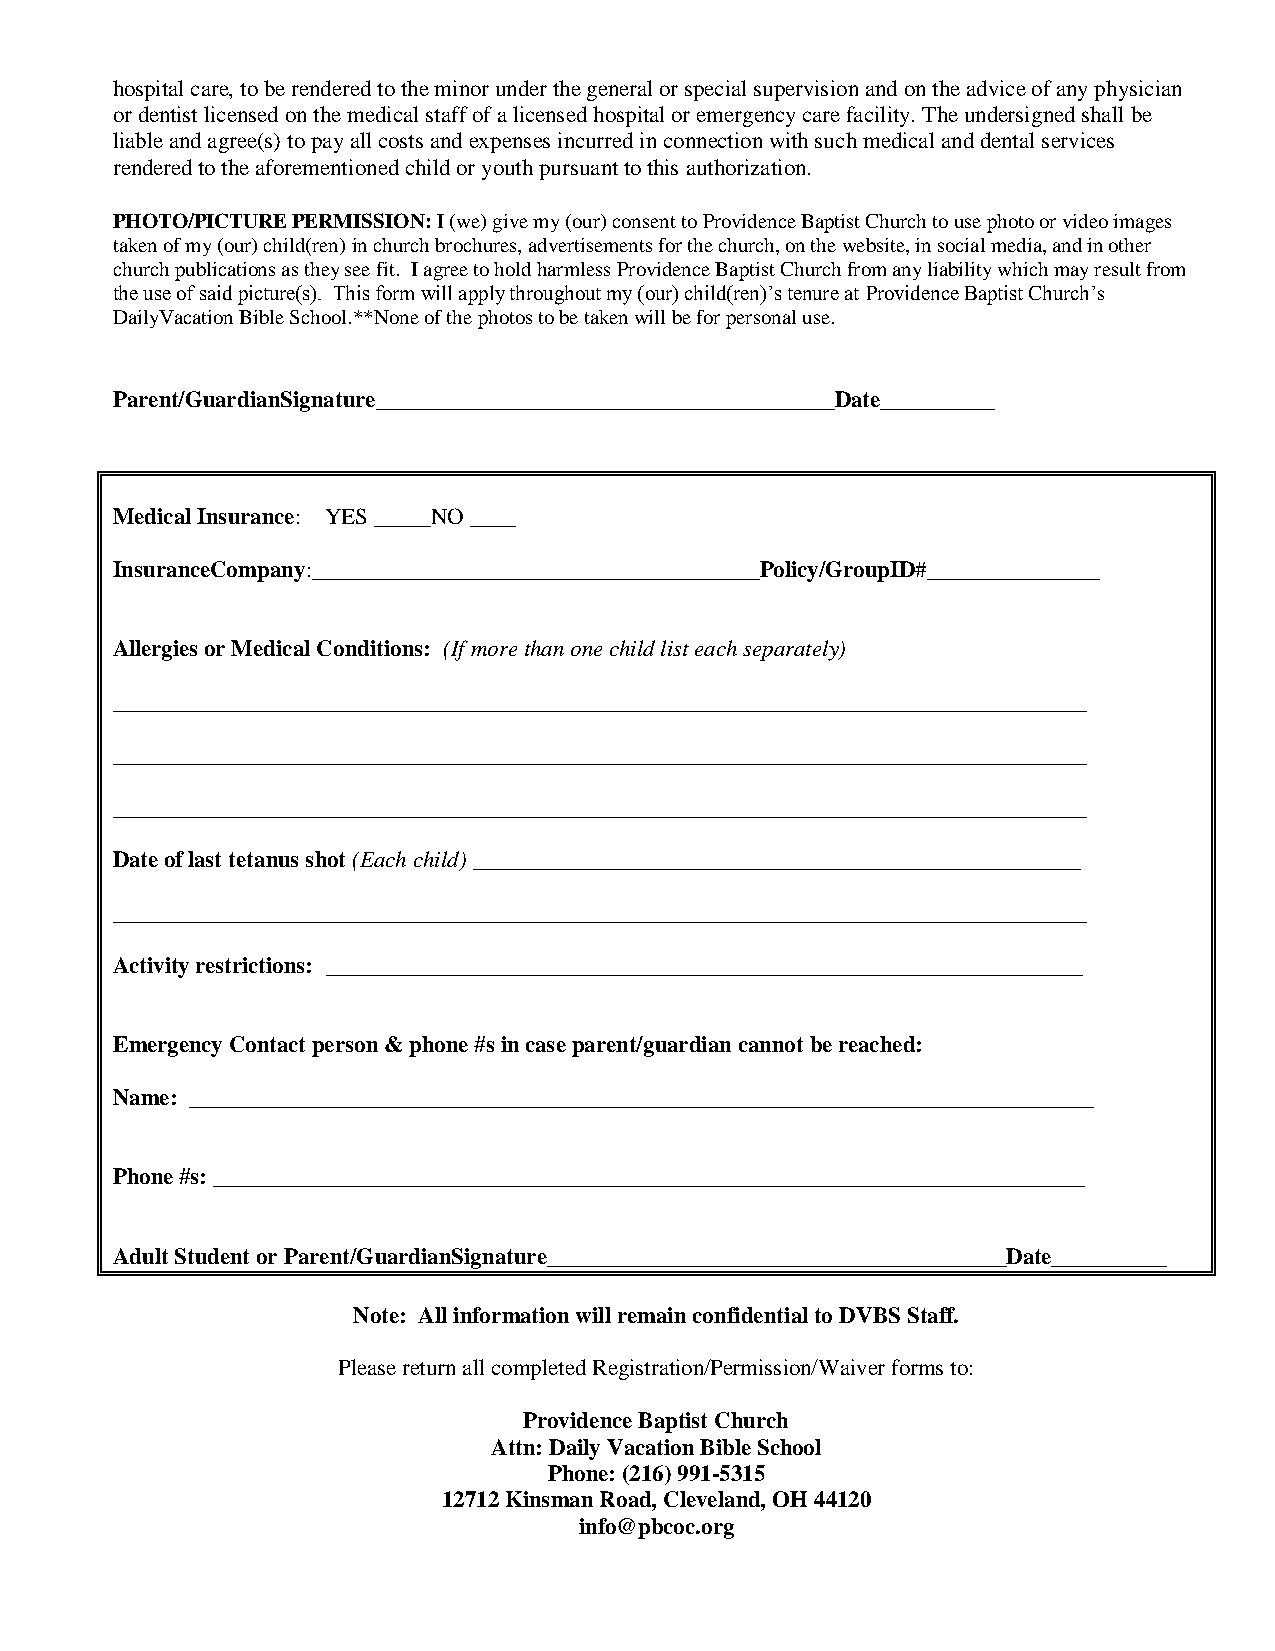
hospital care, to be rendered to the minor under the general or special supervision and on the advice of any physician
 or dentist licensed on the medical staff of a licensed hospital or emergency care facility. The undersigned shall be
 liable and agree(s) to pay all costs and expenses incurred in connection with such medical and dental services
 rendered to the aforementioned child or youth pursuant to this authorization.
 PHOTO/PICTURE PERMISSION: I (we) give my (our) consent to Providence Baptist Church to use photo or video images
 taken of my (our) child(ren) in church brochures, advertisements for the church, on the website, in social media, and in other
 church publications as they see fit. I agree to hold harmless Providence Baptist Church from any liability which may result from
 the use of said picture(s). This form will apply throughout my (our) child(ren)’s tenure at Providence Baptist Church’s
 DailyVacation Bible School.**None of the photos to be taken will be for personal use.
 Parent/GuardianSignature________________________________________Date__________
 Medical Insurance: YES _____NO ____
 InsuranceCompany:_______________________________________Policy/GroupID#_______________
 Allergies or Medical Conditions: (If more than one child list each separately)
 _____________________________________________________________________________________
 _____________________________________________________________________________________
 _____________________________________________________________________________________
 Date of last tetanus shot (Each child) _____________________________________________________
 _____________________________________________________________________________________
 Activity restrictions: __________________________________________________________________
 Emergency Contact person & phone #s in case parent/guardian cannot be reached:
 Name: _______________________________________________________________________________
 Phone #s: ____________________________________________________________________________
 Adult Student or Parent/GuardianSignature________________________________________Date__________
 Note: All information will remain confidential to DVBS Staff.
 Please return all completed Registration/Permission/Waiver forms to:
 Providence Baptist Church
 Attn: Daily Vacation Bible School
 Phone: (216) 991-5315
 12712 Kinsman Road, Cleveland, OH 44120
 info@pbcoc.org